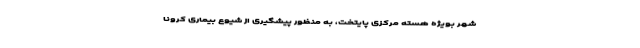
شهر بویژه هسته مرکزی پایتخت، به منظور پیشگیری از شیوع بیماری کرونا